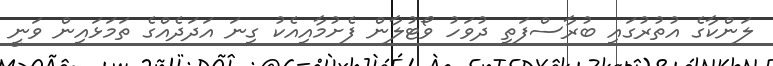
ލަންކާގެ އުތުރުގައި ބުރާސްފަތި ދުވަހު ވޯޓުލާން ފެށުމާއިއެކު ގިނަ އަދަދެއްގެ ތަމަޅައިން ވަނީ